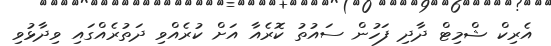
އެރިކް ޝްމިޓް ދާދި ފަހުން ސައުތު ކޮރެއާ އަށް ކުރެއްވި ދަތުރެއްގައި ވިދާޅުވި